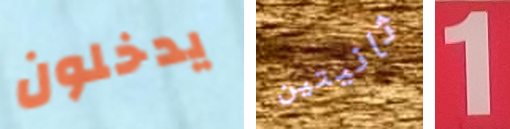
يدخلون ثانيتين 1